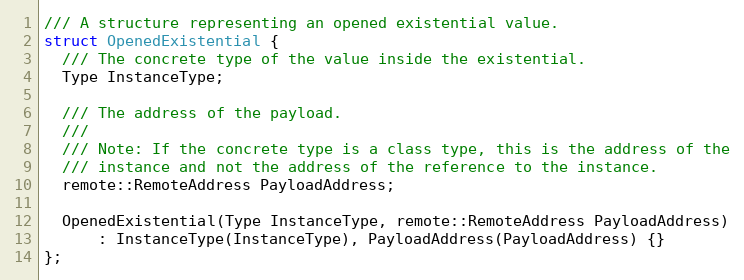
Language: C
/// A structure representing an opened existential value.
struct OpenedExistential {
  /// The concrete type of the value inside the existential.
  Type InstanceType;

  /// The address of the payload.
  ///
  /// Note: If the concrete type is a class type, this is the address of the
  /// instance and not the address of the reference to the instance.
  remote::RemoteAddress PayloadAddress;

  OpenedExistential(Type InstanceType, remote::RemoteAddress PayloadAddress)
      : InstanceType(InstanceType), PayloadAddress(PayloadAddress) {}
};